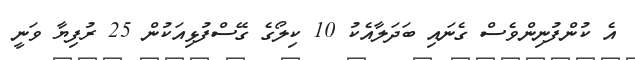
އެ ކުންފުނިންވެސް ގެނައި ބަދަލާއެކު 10 ކިލޯގެ ގޭސްފުޅިއަކުން 25 ރުފިޔާ ވަނީ